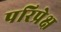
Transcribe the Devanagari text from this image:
परिप्रेक्ष